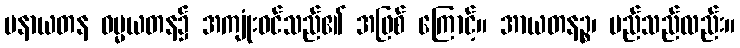
မနာယတန ဓမ္မယတန၌ အကျုံးဝင်သည်၏ အဖြစ် ကြောင့်။ အာယတနဉ္စ၊ မည်သည်လည်း။